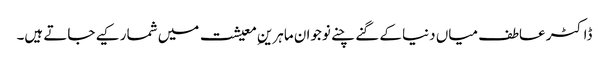
ڈاکٹر عاطف میاں دنیا کے گنے چنے نوجوان ماہرینِ معیشت میں شمار کیے جاتے ہیں۔